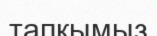
тапқымыз